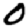
Digit: 0